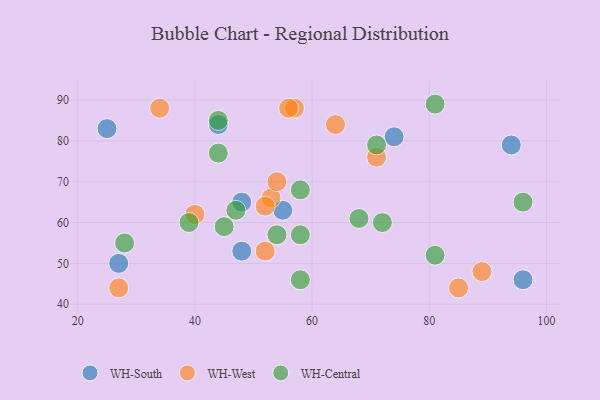
{"axis": {"x": "GDP", "y": "Life Expectancy"}, "legend": ["WH-Central", "WH-South", "WH-West"], "data": [{"x": "25", "y": 83, "type": "WH-South"}, {"x": "55", "y": 63, "type": "WH-South"}, {"x": "74", "y": 81, "type": "WH-South"}, {"x": "94", "y": 79, "type": "WH-South"}, {"x": "44", "y": 84, "type": "WH-South"}, {"x": "48", "y": 53, "type": "WH-South"}, {"x": "48", "y": 65, "type": "WH-South"}, {"x": "96", "y": 46, "type": "WH-South"}, {"x": "27", "y": 50, "type": "WH-South"}, {"x": "57", "y": 88, "type": "WH-West"}, {"x": "34", "y": 88, "type": "WH-West"}, {"x": "53", "y": 66, "type": "WH-West"}, {"x": "54", "y": 70, "type": "WH-West"}, {"x": "40", "y": 62, "type": "WH-West"}, {"x": "89", "y": 48, "type": "WH-West"}, {"x": "64", "y": 84, "type": "WH-West"}, {"x": "52", "y": 53, "type": "WH-West"}, {"x": "56", "y": 88, "type": "WH-West"}, {"x": "71", "y": 76, "type": "WH-West"}, {"x": "52", "y": 64, "type": "WH-West"}, {"x": "85", "y": 44, "type": "WH-West"}, {"x": "27", "y": 44, "type": "WH-West"}, {"x": "47", "y": 63, "type": "WH-Central"}, {"x": "81", "y": 52, "type": "WH-Central"}, {"x": "45", "y": 59, "type": "WH-Central"}, {"x": "44", "y": 85, "type": "WH-Central"}, {"x": "58", "y": 46, "type": "WH-Central"}, {"x": "58", "y": 68, "type": "WH-Central"}, {"x": "72", "y": 60, "type": "WH-Central"}, {"x": "54", "y": 57, "type": "WH-Central"}, {"x": "28", "y": 55, "type": "WH-Central"}, {"x": "71", "y": 79, "type": "WH-Central"}, {"x": "39", "y": 60, "type": "WH-Central"}, {"x": "44", "y": 77, "type": "WH-Central"}, {"x": "68", "y": 61, "type": "WH-Central"}, {"x": "81", "y": 89, "type": "WH-Central"}, {"x": "58", "y": 57, "type": "WH-Central"}, {"x": "96", "y": 65, "type": "WH-Central"}]}